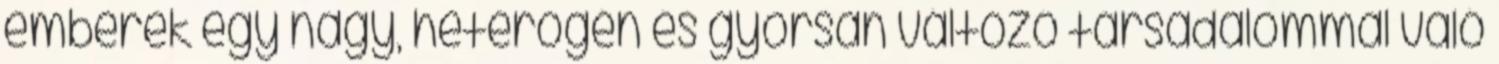
emberek egy nagy, heterogén és gyorsan változó társadalommal való